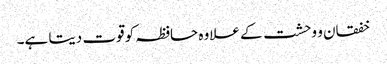
خفقان و وحشت کے علاوہ حافظہ کو قوت دیتا ہے۔